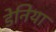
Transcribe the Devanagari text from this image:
डेनिया